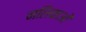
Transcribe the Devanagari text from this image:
नलिकाआें